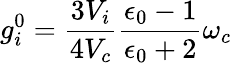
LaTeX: g_{i}^{0}=\frac{3V_{i}}{4V_{c}}\frac{\epsilon_{0}-1}{\epsilon_{0}+2}\omega_{c}